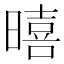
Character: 暿